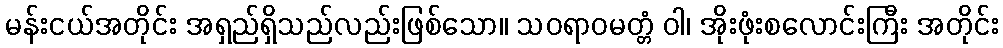
မန်းငယ်အတိုင်း အရှည်ရှိသည်လည်းဖြစ်သော။ သဝရာဝမတ္တံ ဝါ၊ အိုးဖုံးစလောင်းကြီး အတိုင်း